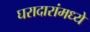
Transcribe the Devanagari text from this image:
घरादारांमध्ये